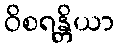
ဝိစရန္တိယာ